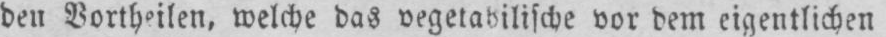
den Vortheilen, welche das vegetabilische vor dem eigentlichen